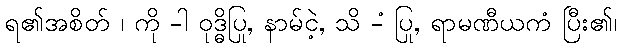
ရ၏အစိတ် ၊ ကို -ါ ဝုဒ္ဓိပြု, နာမ်ငဲ့, သိ -ံ ပြု, ရာမဏီယကံ ပြီး၏၊